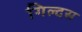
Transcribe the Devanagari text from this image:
गिल्दस